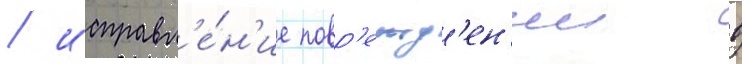
/ исправл'е́н'ие повр'ежд'ен'ии в